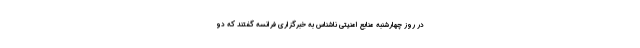
در روز چهارشنبه منابع امنیتی ناشناس به خبرگزاری فرانسه گفتند که دو